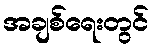
အချစ်ရေးတွင်